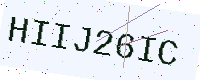
Text: HIIJ26IC